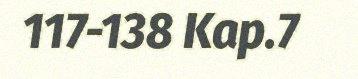
117-138 Kap.7